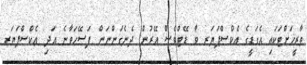
ތާރީޚަށްޓަކައި އެގަޑީގެ އެކްސްޕަޔަރ ވާ ޑޭޓްވެސް އޭރުން ދެނެގަންނަން ފަސޭހަވާނެ އަދި އެކްސްޕަޔަރ